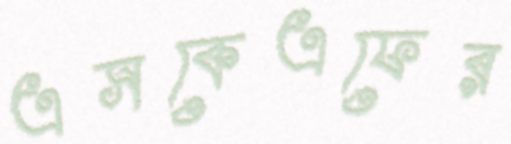
এসকেএফের